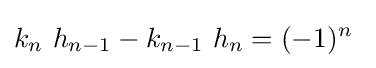
k_{n}\ h_{n-1}-k_{n-1}\ h_{n}=(-1)^{n}\